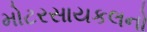
મોટરસાયકલનો